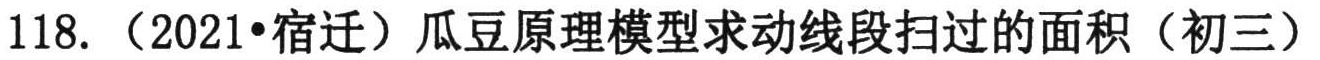
118. （2021•宿迁）瓜豆原理模型求动线段扫过的面积（初三）